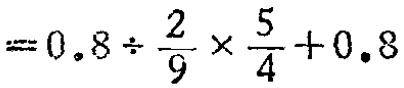
$=0.8\div \frac{2}{9}\times \frac{5}{4}+0.8$